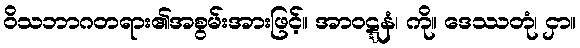
ဝိသဘာဂတရား၏အစွမ်းအားဖြင့်။ အာဝဋ္ဋနံ၊ ကို။ ဒေဿတုံ၊ ငှာ။